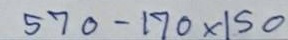
570 - 170 x 150